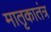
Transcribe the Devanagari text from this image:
मातृकातंत्र